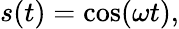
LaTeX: s(t)=\cos(\omega t),